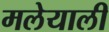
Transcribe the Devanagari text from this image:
मलेयाली